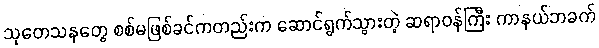
သုတေသနတွေ စစ်မဖြစ်ခင်ကတည်းက ဆောင်ရွက်သွားတဲ့ ဆရာဝန်ကြီး ကာနယ်ဘခက်